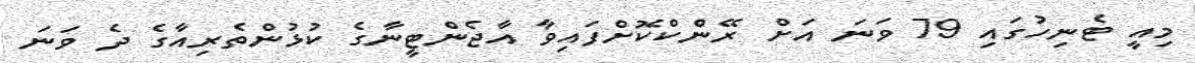
މިއީ ޓެނިހުގައި 79 ވަނަ އަށް ރޭންކްކޮށްފައިވާ އާޖެންޓީނާގެ ކުޅުންތެރިއާގެ ދެ ވަނަ